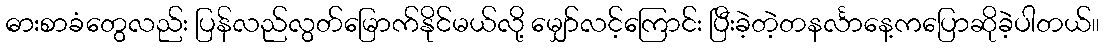
ဓားစာခံတွေလည်း ပြန်လည်လွတ်မြောက်နိုင်မယ်လို့ မျှော်လင့်ကြောင်း ပြီးခဲ့တဲ့တနင်္လာနေ့ကပြောဆိုခဲ့ပါတယ်။